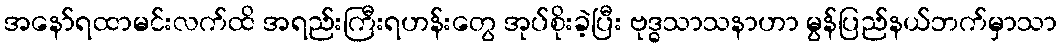
အနော်ရထာမင်းလက်ထိ အရည်းကြီးရဟန်းတွေ အုပ်စိုးခဲ့ပြီး ဗုဒ္ဓသာသနာဟာ မွန်ပြည်နယ်ဘက်မှာသာ